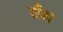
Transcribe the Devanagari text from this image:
सैंडा